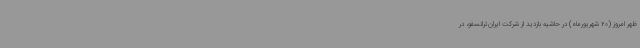
ظهر امروز (20 شهریورماه) در حاشیه بازدید از شرکت ایران‌ترانسفو، در